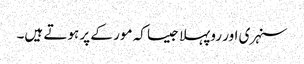
سنہری اور روپہلا جیسا کہ مور کے پر ہوتے ہیں۔